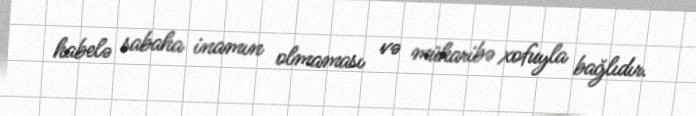
habelə sabaha inamın olmaması və müharibə xofuyla bağlıdır.